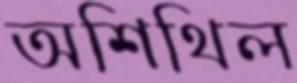
অশিথিল